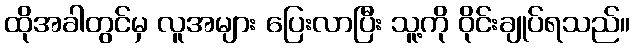
ထိုအခါတွင်မှ လူအများ ပြေးလာပြီး သူ့ကို ဝိုင်းချုပ်ရသည်။